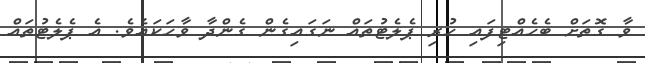
ވާ ގޮތަށް ބެހެއްޓިފައި ހުރި ޕެލެޓުތައް ނަގައިގެން ގެންދާ ވާހަކައެވެ. އެ ޕެލެޓުތައް